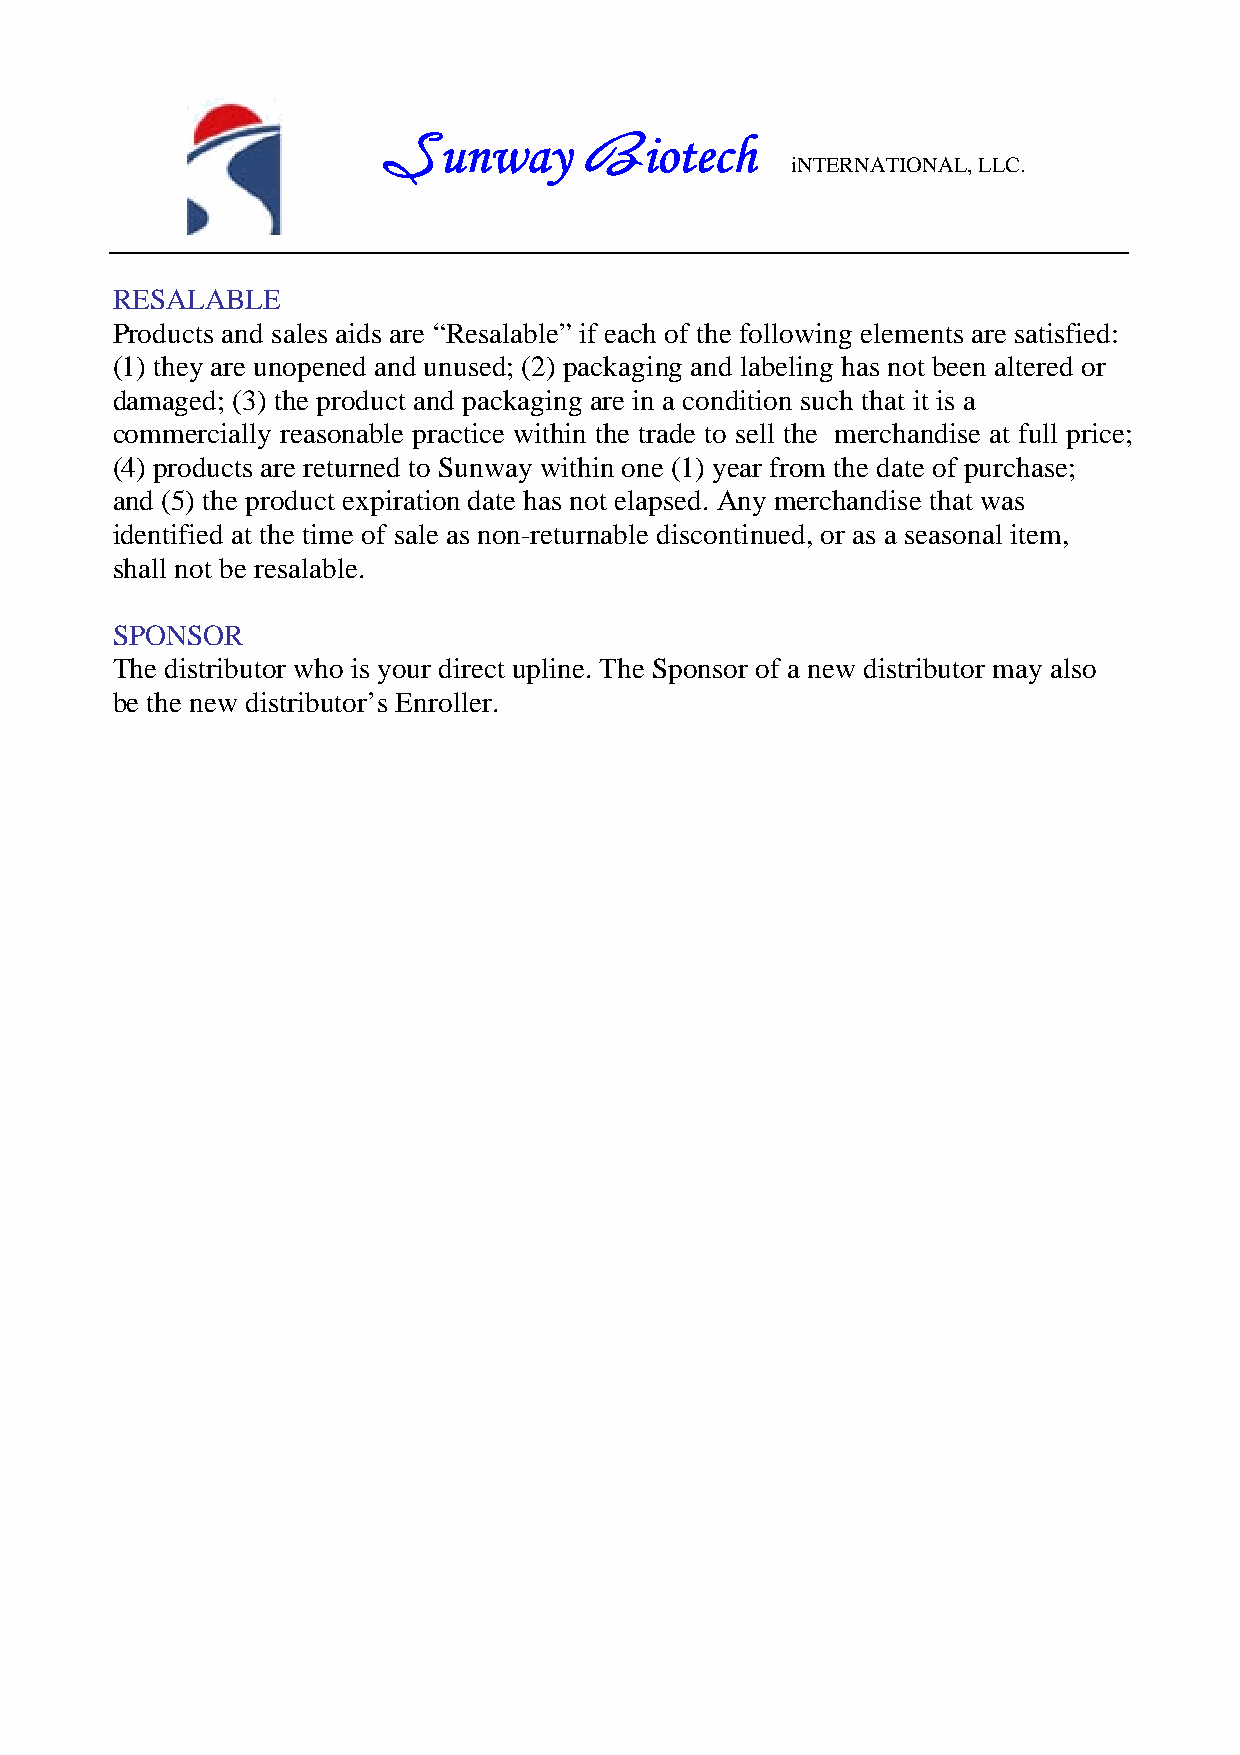
unway         iotech
 S             B            iNTERNATIONAL, LLC.
 RESALABLE
 Products and sales aids are “Resalable” if each of the following elements are satisfied:
 (1) they are unopened and unused; (2) packaging and labeling has not been altered or
 damaged; (3) the product and packaging are in a condition such that it is a
 commercially reasonable practice within the trade to sell the merchandise at full price;
 (4) products are returned to Sunway within one (1) year from the date of purchase;
 and (5) the product expiration date has not elapsed. Any merchandise that was
 identified at the time of sale as non-returnable discontinued, or as a seasonal item,
 shall not be resalable.
 SPONSOR
 The distributor who is your direct upline. The Sponsor of a new distributor may also
 be the new distributor’s Enroller.